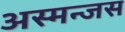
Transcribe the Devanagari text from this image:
अस्मन्जस